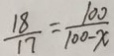
\frac { 1 8 } { 1 7 } = \frac { 1 0 0 } { 1 0 0 - x }